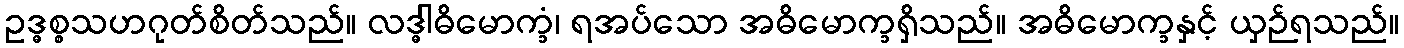
ဥဒ္ဓစ္စသဟဂုတ်စိတ်သည်။ လဒ္ဓါဓိမောက္ခံ၊ ရအပ်သော အဓိမောက္ခရှိသည်။ အဓိမောက္ခနှင့် ယှဉ်ရသည်။